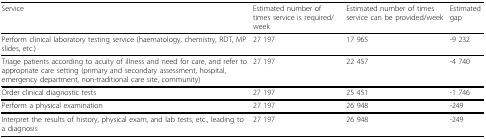
<table><thead><tr><td><b>Service</b></td><td><b>Estimated number of times service is required/week</b></td><td><b>Estimated number of times service can be provided/week</b></td><td><b>Estimated gap</b></td></tr></thead><tbody><tr><td>Perform clinical laboratory testing service (haematology, chemistry, RDT, MP slides, etc.)</td><td>27 197</td><td>17 965</td><td>-9 232</td></tr><tr><td>Triage patients according to acuity of illness and need for care, and refer to appropriate care setting (primary and secondary assessment, hospital, emergency department, non-traditional care site, community)</td><td>27 197</td><td>22 457</td><td>-4 740</td></tr><tr><td>Order clinical diagnostic tests</td><td>27 197</td><td>25 451</td><td>-1 746</td></tr><tr><td>Perform a physical examination</td><td>27 197</td><td>26 948</td><td>-249</td></tr><tr><td>Interpret the results of history, physical exam, and lab tests, etc., leading to a diagnosis</td><td>27 197</td><td>26 948</td><td>-249</td></tr></tbody></table>